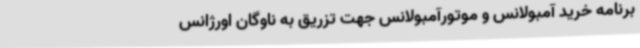
برنامه خرید آمبولانس‌ و موتورآمبولانس جهت تزریق به ناوگان اورژانس